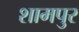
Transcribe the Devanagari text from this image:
शामपुर